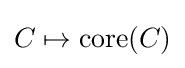
C\mapsto \operatorname {core} (C)